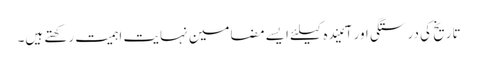
تاریخ کی درستگی اور آئیندہ کیلئے ایسے مضامین نہایت اہمیت رکھتے ہیں۔